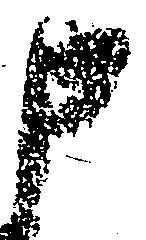
申